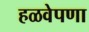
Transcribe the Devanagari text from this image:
हळवेपणा